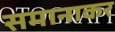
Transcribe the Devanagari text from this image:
समानाकर